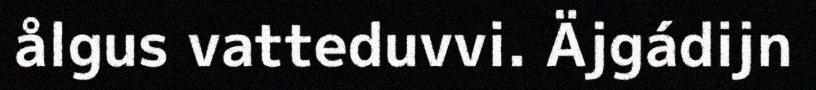
ålgus vatteduvvi. Äjgádijn